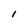
Character: I